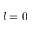
l = 0